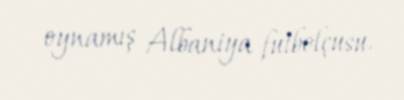
oynamış Albaniya futbolçusu.